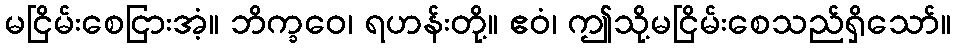
မငြိမ်းစေငြားအံ့။ ဘိက္ခဝေ၊ ရဟန်းတို့။ ဧဝံ၊ ဤသို့မငြိမ်းစေသည်ရှိသော်။